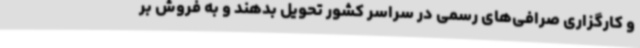
و کارگزاری‌ صرافی‌های رسمی در سراسر کشور تحویل بدهند و به فروش بر